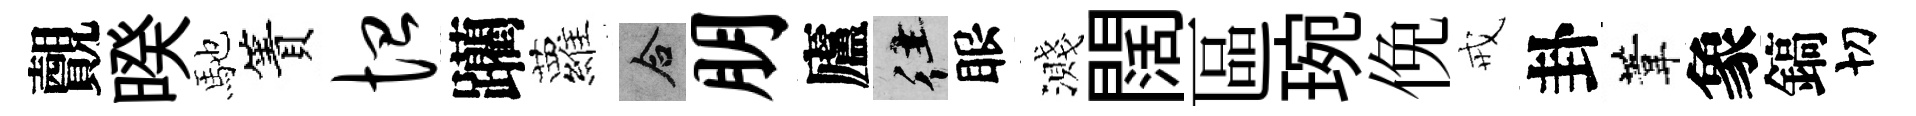
覿暌馳簀恤躪蘿合朋廬往眼濺闊區琬俛戒卦葦象鎬切